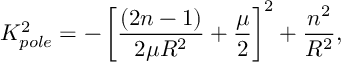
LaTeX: K _ { p o l e } ^ { 2 } = - \left[ \frac { ( 2 n - 1 ) } { 2 \mu R ^ { 2 } } + \frac { \mu } { 2 } \right] ^ { 2 } + \frac { n ^ { 2 } } { R ^ { 2 } } ,